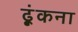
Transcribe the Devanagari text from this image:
ढ़ूंकना